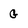
Character: G